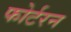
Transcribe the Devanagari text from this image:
फोर्टरन